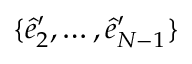
\{ \hat { e } _ { 2 } ^ { \prime } , \dots , \hat { e } _ { N - 1 } ^ { \prime } \}